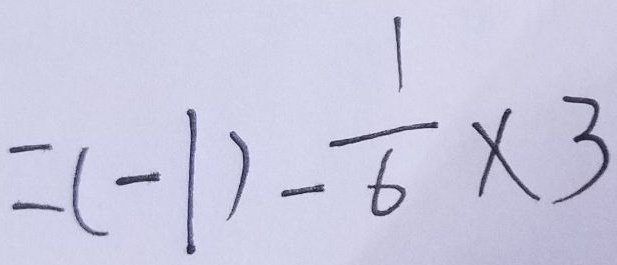
= ( - 1 ) - \frac { 1 } { 6 } \times 3